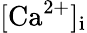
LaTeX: [\mathrm{Ca}^{2+}]_{\mathrm{i}}